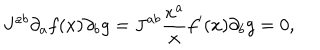
LaTeX: J ^ { a b } \partial _ { a } f ( x ) \partial _ { b } g = J ^ { a b } \frac { x ^ { a } } { x } f ^ { \prime } ( x ) \partial _ { b } g = 0 ,